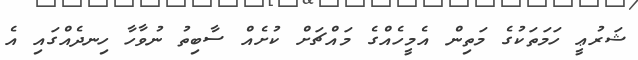
ޝަރުޢީ ހަމަތަކުގެ މަތިން އެމީހެއްގެ މައްޗަށް ކުށެއް ސާބިތު ނުވާހާ ހިނދެއްގައި އެ